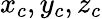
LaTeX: x_{c},y_{c},z_{c}